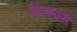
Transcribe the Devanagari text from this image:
रैमब्लास